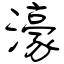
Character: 濠